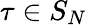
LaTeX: \tau\in S_{N}